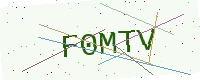
Text: F0MTV